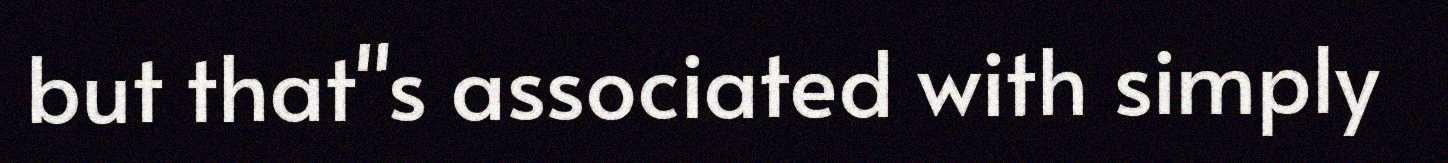
but that"s associated with simply